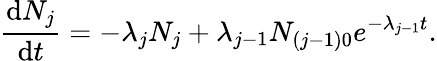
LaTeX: {\frac{\mathrm{d}N_{j}}{\mathrm{d}t}}=-\lambda_{j}N_{j}+\lambda_{j-1}N_{(j-1)0}e^{-\lambda_{j-1}t}.